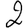
Digit: 2